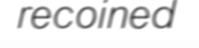
recoined